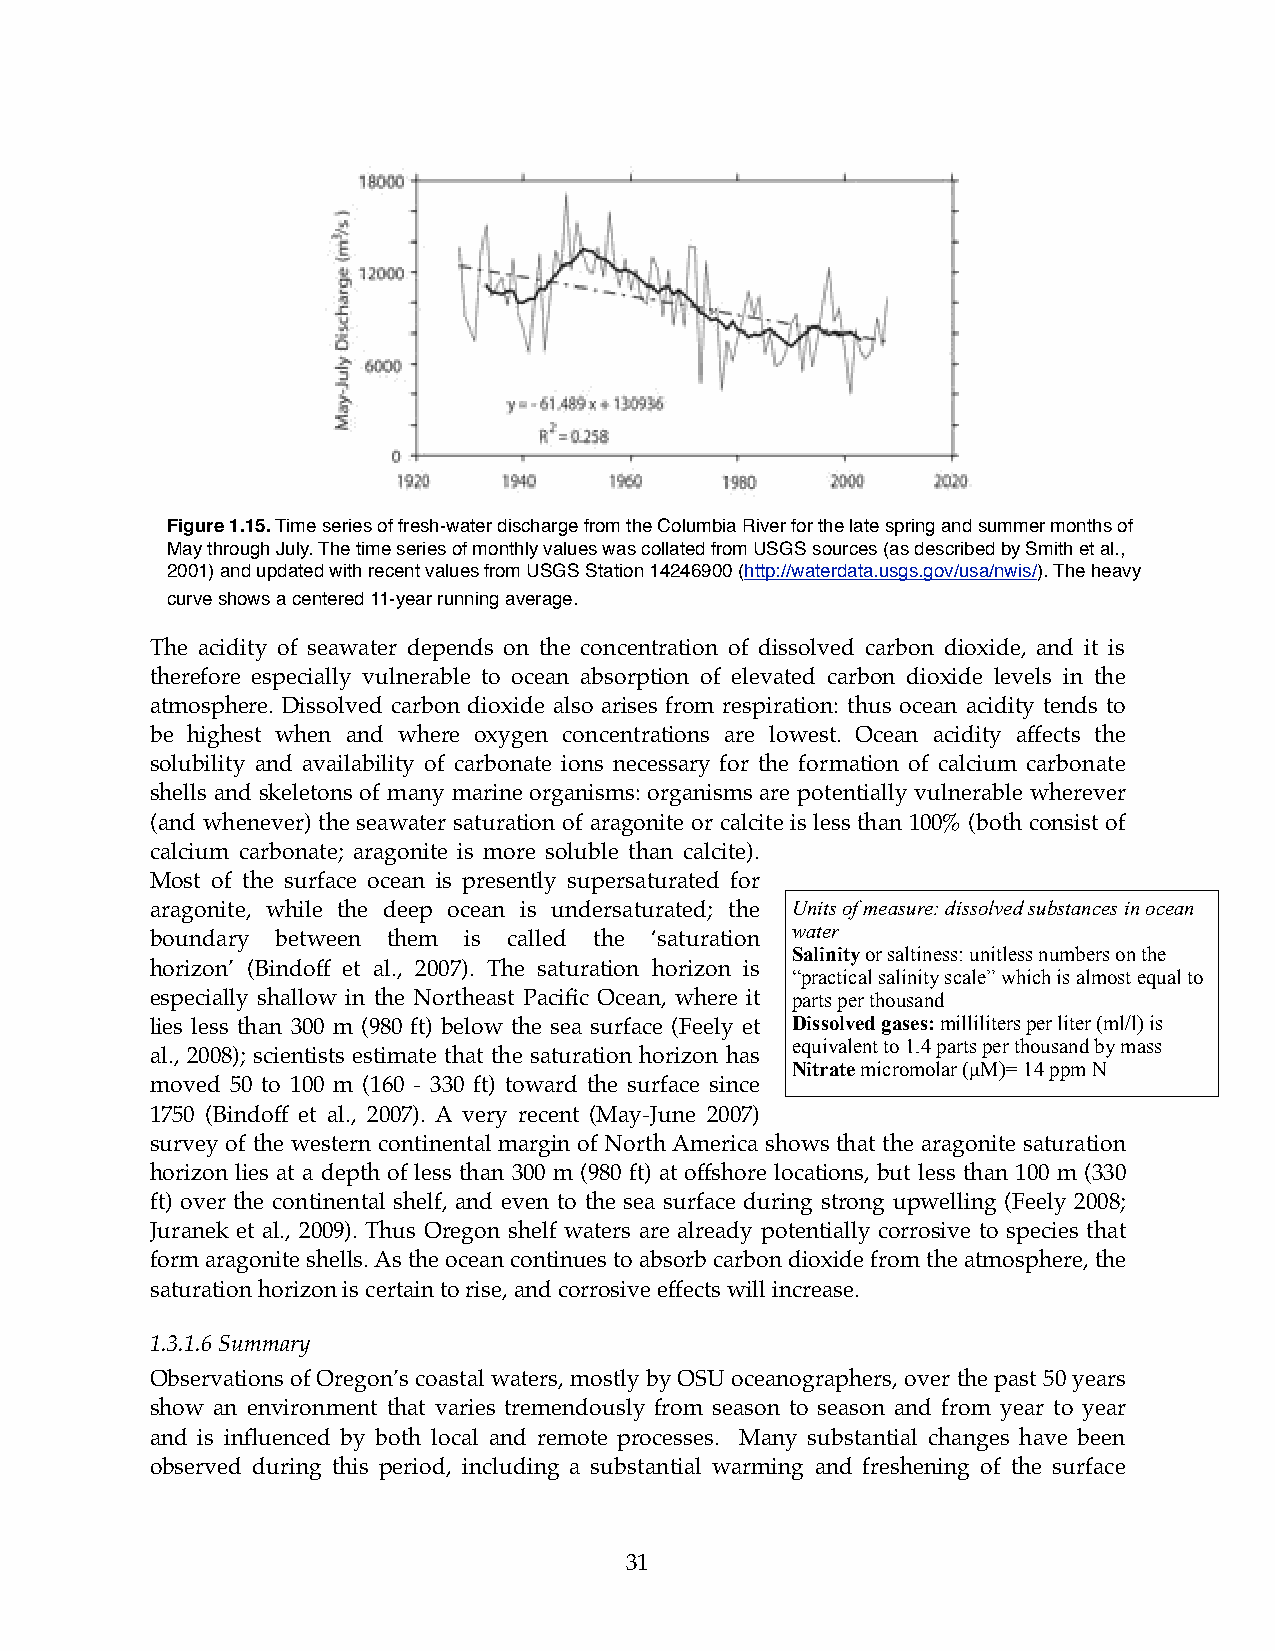
Figure 1.15. Time series of fresh-water discharge from the Columbia River for the late spring and summer months of
 May through July. The time series of monthly values was collated from USGS sources (as described by Smith et al.,
 2001) and updated with recent values from USGS Station 14246900 (http://waterdata.usgs.gov/usa/nwis/). The heavy
 curve shows a centered 11-year running average.
 The acidity of seawater depends on the concentration of dissolved carbon dioxide, and it is
 therefore especially vulnerable to ocean absorption of elevated carbon dioxide levels in the
 atmosphere. Dissolved carbon dioxide also arises from respiration: thus ocean acidity tends to
 be highest when and where oxygen concentrations are lowest. Ocean acidity affects the
 solubility and availability of carbonate ions necessary for the formation of calcium carbonate
 shells and skeletons of many marine organisms: organisms are potentially vulnerable wherever
 (and whenever) the seawater saturation of aragonite or calcite is less than 100% (both consist of
 calcium carbonate; aragonite is more soluble than calcite).
 Most of the surface ocean is presently supersaturated for
 aragonite, while the deep ocean is undersaturated; the Units of measure: dissolved substances in ocean
 water
 boundary between them is called the ‘saturation
 Salinity or saltiness: unitless numbers on the
 horizon’ (Bindoff et al., 2007). The saturation horizon is
 “practical salinity scale” which is almost equal to
 especially shallow in the Northeast Pacific Ocean, where it parts per thousand
 lies less than 300 m (980 ft) below the sea surface (Feely et Dissolved gases: milliliters per liter (ml/l) is
 equivalent to 1.4 parts per thousand by mass
 al., 2008); scientists estimate that the saturation horizon has
 Nitrate micromolar (µM)= 14 ppm N
 moved 50 to 100 m (160 - 330 ft) toward the surface since
 1750 (Bindoff et al., 2007). A very recent (May-June 2007)
 survey of the western continental margin of North America shows that the aragonite saturation
 horizon lies at a depth of less than 300 m (980 ft) at offshore locations, but less than 100 m (330
 ft) over the continental shelf, and even to the sea surface during strong upwelling (Feely 2008;
 Juranek et al., 2009). Thus Oregon shelf waters are already potentially corrosive to species that
 form aragonite shells. As the ocean continues to absorb carbon dioxide from the atmosphere, the
 saturation horizon is certain to rise, and corrosive effects will increase.
 1.3.1.6 Summary
 Observations of Oregon’s coastal waters, mostly by OSU oceanographers, over the past 50 years
 show an environment that varies tremendously from season to season and from year to year
 and is influenced by both local and remote processes. Many substantial changes have been
 observed during this period, including a substantial warming and freshening of the surface
 31